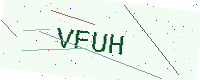
Text: VFUH